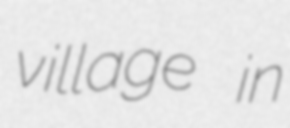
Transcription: village in